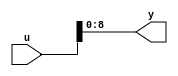
// -------------------------------------------------------------
// 
// 
// Generated by MATLAB 8.2 and HDL Coder 3.3
// 
// -------------------------------------------------------------


// -------------------------------------------------------------
// 
// Module: velocityControlHdl_MATLAB_Function_block
// Source Path: velocityControlHdl/Sin_Cos1/Mark_Extract_Bits1/MATLAB Function
// Hierarchy Level: 6
// 
// -------------------------------------------------------------

`timescale 1 ns / 1 ns

module velocityControlHdl_MATLAB_Function_block
          (
           u,
           y
          );


  input   [17:0] u;  // ufix18
  output  [8:0] y;  // ufix9




  //MATLAB Function 'Sin_Cos/Mark_Extract_Bits1/MATLAB Function': '<S39>:1'
  // Non-tunable mask parameter
  //'<S39>:1:8'
  //'<S39>:1:10'
  assign y = u[8:0];
  //'<S39>:1:14'



endmodule  // velocityControlHdl_MATLAB_Function_block